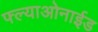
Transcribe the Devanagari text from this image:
फ्ल्याओनाईड